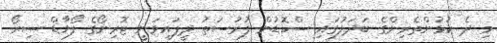
މި ދެ ކުޅުންތެރިންގެ ބަދަލުގައި ސްކޮޑުން ފުރުސަތު ދީފައިވަނީ ޓޮރިނޯގެ ފޯވާޑް ސިރޯ